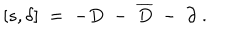
\left[ s , \delta \right] \; = \; - D \; - \; \overline { { { D } } } \; - \; \partial \; .